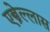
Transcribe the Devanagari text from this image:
एस्त्रेल्लास